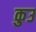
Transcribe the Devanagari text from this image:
कुउ